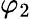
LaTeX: \varphi_{2}